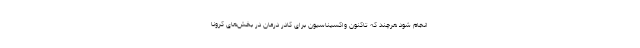
انجام شود هرچند که تاکنون واکسیناسیون برای کادر درمان در بخش‌های کرونا